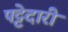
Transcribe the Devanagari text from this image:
पट्टेदारी